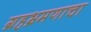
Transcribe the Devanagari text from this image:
ग्रहभ्रमणाचा